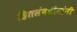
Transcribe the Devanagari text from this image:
हितसंबधीयांनी